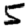
Digit: 5